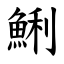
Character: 鯏